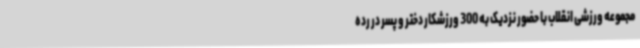
مجموعه ورزشی انقلاب با حضور نزدیک به 300 ورزشکار دختر و پسر در رده